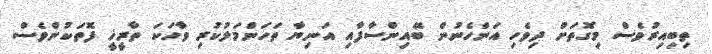
ތިބިއިރުވެސް މިގޮތަށް ދިވެހި އަންހެނުން ބޭއިންސާފާއި އަނިޔާ ތަހަންމަލުކުުރި ވާހަކަ ތާރީޚީ ފޮތަކުންވެސް